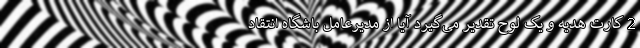
2 کارت هدیه و یک لوح تقدیر می‌گیرد آیا از مدیرعامل باشگاه انتقاد